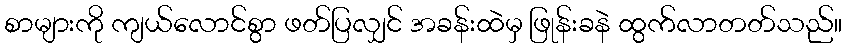
စာများကို ကျယ်လောင်စွာ ဖတ်ပြလျှင် အခန်းထဲမှ ဖြုန်းခနဲ ထွက်လာတတ်သည်။